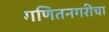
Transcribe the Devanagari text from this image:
गणितनगरीचा